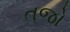
તજો